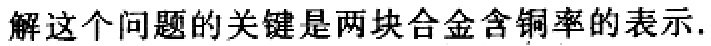
解这个问题的关键是两块合金含铜率的表示.